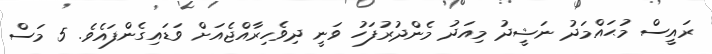
ރައީސް މުޙައްމަދު ނަޝީދު މިއަދު މެންދުރުފަހު ވަނީ ދިވެހިރާއްޖެއަށް ވަޑައިގެންފައެވެ. 5 މަސް